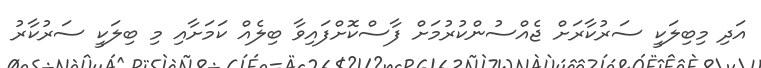
އަދި މިބިލަކީ ސަރުކާރަށް ޖެއްސުންކުރުމަށް ފާސްކޮށްފައިވާ ބިލެއް ކަމަށާއި މި ބިލަކީ ސަރުކާރު